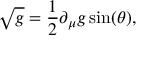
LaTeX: \sqrt { g } = \frac { 1 } { 2 } \partial _ { \mu } g \sin ( \theta ) ,